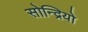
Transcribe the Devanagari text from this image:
सोन्द्रियो